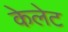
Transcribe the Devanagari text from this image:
केलेट